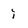
Character: i